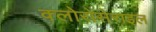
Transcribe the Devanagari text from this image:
क्लोरोसेराइल